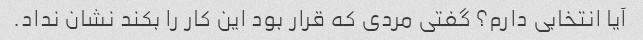
آیا انتخابی دارم؟ گفتی مردی که قرار بود این کار را بکند نشان نداد.